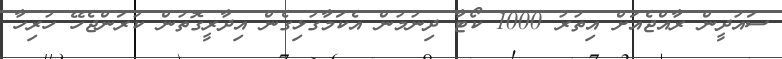
ސައުދީން ރާއްޖެއަށް އިތުރު 1000 ކޯޓާ ދިނުމުން އެކަމާގުޅިގެން އިދާރީގޮތުން ކުރަންޖެހޭ ހުރިހާ